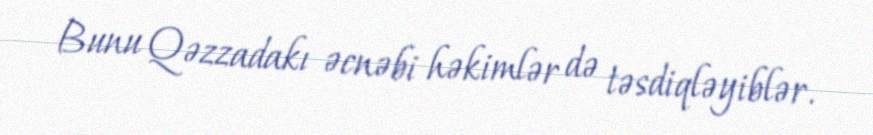
Bunu Qəzzadakı əcnəbi həkimlər də təsdiqləyiblər.